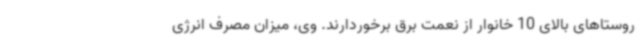
روستاهای بالای 10 خانوار از نعمت برق برخوردارند. وی، میزان مصرف انرژی